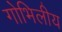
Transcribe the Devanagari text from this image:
गोभिलीय